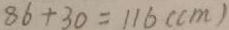
8 6 + 3 0 = 1 1 6 ( c m )